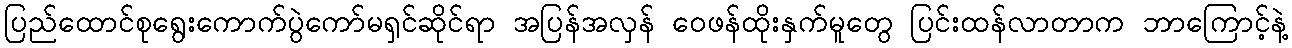
ပြည်ထောင်စုရွေးကောက်ပွဲကော်မရှင်ဆိုင်ရာ အပြန်အလှန် ဝေဖန်ထိုးနှက်မူတွေ ပြင်းထန်လာတာက ဘာကြောင့်နဲ့